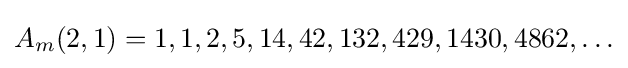
A_{m}(2,1)=1,1,2,5,14,42,132,429,1430,4862,\ldots